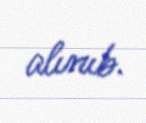
alınıb.